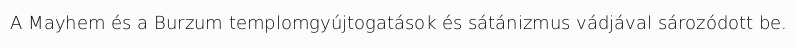
A Mayhem és a Burzum templomgyújtogatások és sátánizmus vádjával sározódott be.